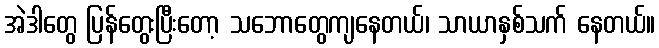
အဲဒါတွေ ပြန်တွေးပြီးတော့ သဘောတွေကျနေတယ်၊ သာယာနှစ်သက် နေတယ်။